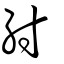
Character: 紂